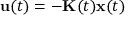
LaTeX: \mathbf { u } ( t ) = - \mathbf { K } ( t ) \mathbf { x } ( t )